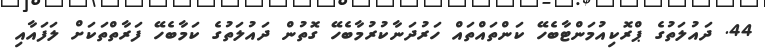
44. ދައުލަތުގެ ޕްރޮކިއުމަންޓާބެހޭ ކަންތައްތައް ހަރުދަނާކުރުމާބެހޭ ގޮތުން ދައުލަތުގެ ކަމާބެހޭ ފަރާތްތަކަށް ލަފައާއި